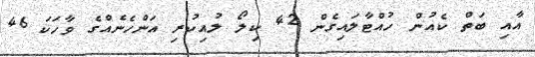
އާއި ބަތް ކެއުން ހުއްޓާލައިގެން 42 ކިލޯ ލުއިކުރި އަންހެނެއްގެ ވާހަކަ 46